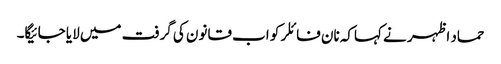
حماد اظہر نے کہاکہ نان فائلر کو اب قانون کی گرفت میں لایا جائیگا۔